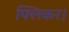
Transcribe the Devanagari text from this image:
फ्लिकर।